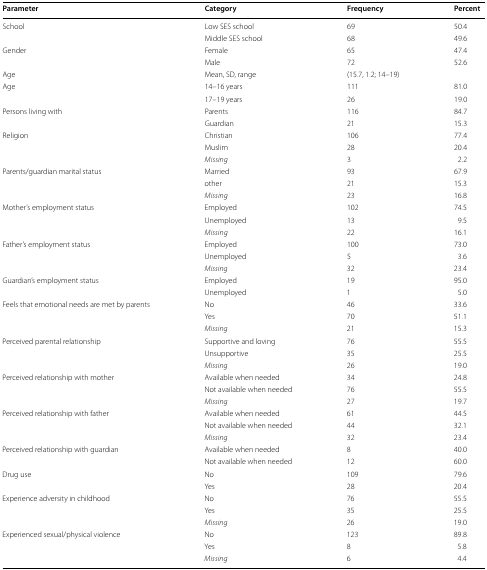
<table><thead><tr><td><b>Parameter</b></td><td><b>Category</b></td><td><b>Frequency</b></td><td><b>Percent</b></td></tr></thead><tbody><tr><td>School</td><td>Low SES school</td><td>69</td><td>50.4</td></tr><tr><td></td><td>Middle SES school</td><td>68</td><td>49.6</td></tr><tr><td>Gender</td><td>Female</td><td>65</td><td>47.4</td></tr><tr><td></td><td>Male</td><td>72</td><td>52.6</td></tr><tr><td>Age</td><td>Mean, SD, range</td><td>(15.7, 1.2; 14–19)</td><td></td></tr><tr><td>Age</td><td>14–16 years</td><td>111</td><td>81.0</td></tr><tr><td></td><td>17–19 years</td><td>26</td><td>19.0</td></tr><tr><td>Persons living with</td><td>Parents</td><td>116</td><td>84.7</td></tr><tr><td></td><td>Guardian</td><td>21</td><td>15.3</td></tr><tr><td>Religion</td><td>Christian</td><td>106</td><td>77.4</td></tr><tr><td></td><td>Muslim</td><td>28</td><td>20.4</td></tr><tr><td></td><td><i>Missing</i></td><td>3</td><td>2.2</td></tr><tr><td>Parents/guardian marital status</td><td>Married</td><td>93</td><td>67.9</td></tr><tr><td></td><td>other</td><td>21</td><td>15.3</td></tr><tr><td></td><td><i>Missing</i></td><td>23</td><td>16.8</td></tr><tr><td>Mother’s employment status</td><td>Employed</td><td>102</td><td>74.5</td></tr><tr><td></td><td>Unemployed</td><td>13</td><td>9.5</td></tr><tr><td></td><td><i>Missing</i></td><td>22</td><td>16.1</td></tr><tr><td>Father’s employment status</td><td>Employed</td><td>100</td><td>73.0</td></tr><tr><td></td><td>Unemployed</td><td>5</td><td>3.6</td></tr><tr><td></td><td><i>Missing</i></td><td>32</td><td>23.4</td></tr><tr><td>Guardian’s employment status</td><td>Employed</td><td>19</td><td>95.0</td></tr><tr><td></td><td>Unemployed</td><td>1</td><td>5.0</td></tr><tr><td>Feels that emotional needs are met by parents</td><td>No</td><td>46</td><td>33.6</td></tr><tr><td></td><td>Yes</td><td>70</td><td>51.1</td></tr><tr><td></td><td><i>Missing</i></td><td>21</td><td>15.3</td></tr><tr><td>Perceived parental relationship</td><td>Supportive and loving</td><td>76</td><td>55.5</td></tr><tr><td></td><td>Unsupportive</td><td>35</td><td>25.5</td></tr><tr><td></td><td><i>Missing</i></td><td>26</td><td>19.0</td></tr><tr><td>Perceived relationship with mother</td><td>Available when needed</td><td>34</td><td>24.8</td></tr><tr><td></td><td>Not available when needed</td><td>76</td><td>55.5</td></tr><tr><td></td><td><i>Missing</i></td><td>27</td><td>19.7</td></tr><tr><td>Perceived relationship with father</td><td>Available when needed</td><td>61</td><td>44.5</td></tr><tr><td></td><td>Not available when needed</td><td>44</td><td>32.1</td></tr><tr><td></td><td><i>Missing</i></td><td>32</td><td>23.4</td></tr><tr><td>Perceived relationship with guardian</td><td>Available when needed</td><td>8</td><td>40.0</td></tr><tr><td></td><td>Not available when needed</td><td>12</td><td>60.0</td></tr><tr><td>Drug use</td><td>No</td><td>109</td><td>79.6</td></tr><tr><td></td><td>Yes</td><td>28</td><td>20.4</td></tr><tr><td>Experience adversity in childhood</td><td>No</td><td>76</td><td>55.5</td></tr><tr><td></td><td>Yes</td><td>35</td><td>25.5</td></tr><tr><td></td><td><i>Missing</i></td><td>26</td><td>19.0</td></tr><tr><td>Experienced sexual/physical violence</td><td>No</td><td>123</td><td>89.8</td></tr><tr><td></td><td>Yes</td><td>8</td><td>5.8</td></tr><tr><td></td><td><i>Missing</i></td><td>6</td><td>4.4</td></tr></tbody></table>